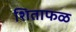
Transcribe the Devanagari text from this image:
शिताफळ